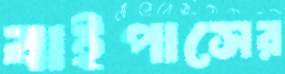
বাইপাসের